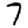
Digit: 7